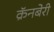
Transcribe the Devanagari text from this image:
क्रॅनबेरी